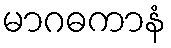
မာဂဓကာနံ